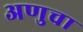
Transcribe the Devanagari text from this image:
अणुचा